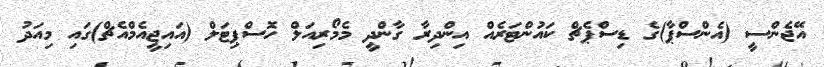
އޭޖެންސީ (އެންސްޕާ)ގެ ޑިސްޕެޗް ކައުންޓަރެއް އިންދިރާ ގާންދީ މެމޯރިއަލް ހޮސްޕިޓަލް (އައިޖީއެމްއެޗް)ގައި މިއަދު